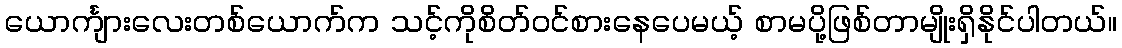
ယောင်္ကျားလေးတစ်ယောက်က သင့်ကိုစိတ်ဝင်စားနေပေမယ့် စာမပို့ဖြစ်တာမျိုးရှိနိုင်ပါတယ်။